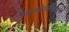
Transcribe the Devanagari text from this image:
विमानकंपनीकडून